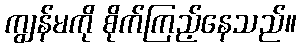
ကျွန်မကို စိုက်ကြည့်နေသည်။